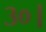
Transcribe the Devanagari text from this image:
३०।